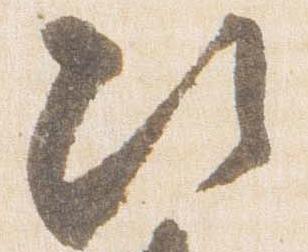
次